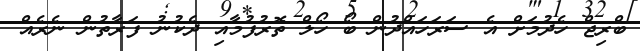
ބްރިޖް ހެދުމަށް އެ ސަރަހައްދުން ބޯ ހޯލް ތޮރުފުމާއި ދެކުނު ފަރާތުން ނެރެއް